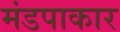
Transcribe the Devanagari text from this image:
मंडपाकार